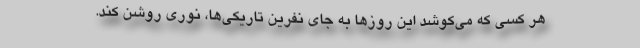
هر کسی که می‌کوشد این روزها به جای نفرین تاریکی‌ها، نوری روشن ‌کند.